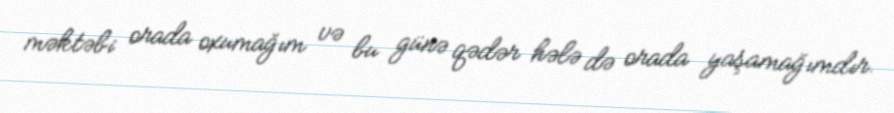
məktəbi orada oxumağım və bu günə qədər hələ də orada yaşamağımdır.